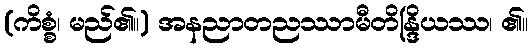
(ကိစ္စံ၊ မည်၏။) အနညာတညဿာမီတိန္ဒြိယဿ၊ ၏။